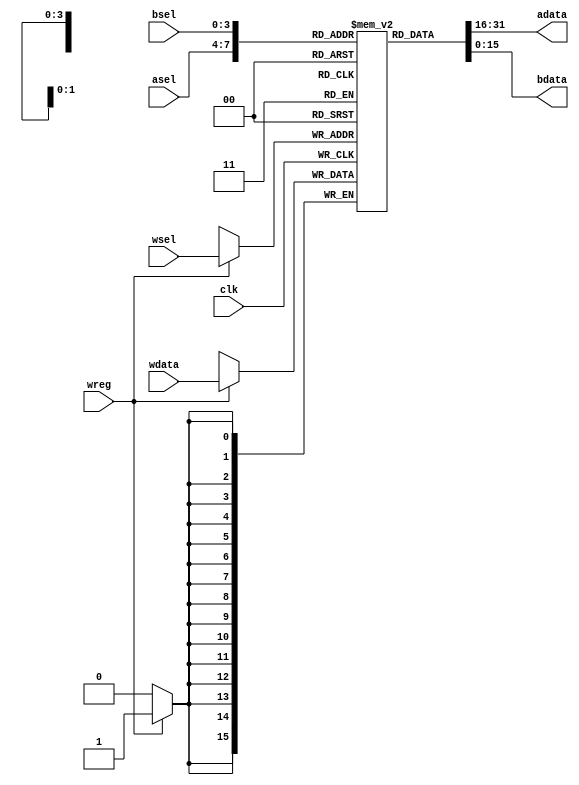
// Copyright 2015, Brian Swetland <swetland@frotz.net>
// Licensed under the Apache License, Version 2.0.

`timescale 1ns / 1ps

module regfile #(
	parameter AWIDTH = 4,
	parameter DWIDTH = 16
	)(
	input clk,
	input [AWIDTH-1:0]asel,
	input [AWIDTH-1:0]bsel,
	input [AWIDTH-1:0]wsel,
	input wreg,
	output [DWIDTH-1:0]adata,
	output [DWIDTH-1:0]bdata,
	input [DWIDTH-1:0]wdata
	);

reg [DWIDTH-1:0] R[0:((1<<AWIDTH)-1)];

always @(posedge clk) begin
	if (wreg)
		R[wsel] <= wdata;
end
assign adata = R[asel];
assign bdata = R[bsel];

endmodule